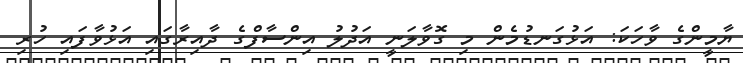
ޔާމީންގެ ވާހަކަ: އަޅުގަނޑުމެން މި ގޮވާލަނީ އަދުލު އިންސާފްގެ ދާއިރާގައި އަޅުވާފައި ހުރި